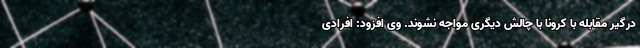
درگیر مقابله با کرونا با چالش دیگری مواجه نشوند. وی افزود: افرادی